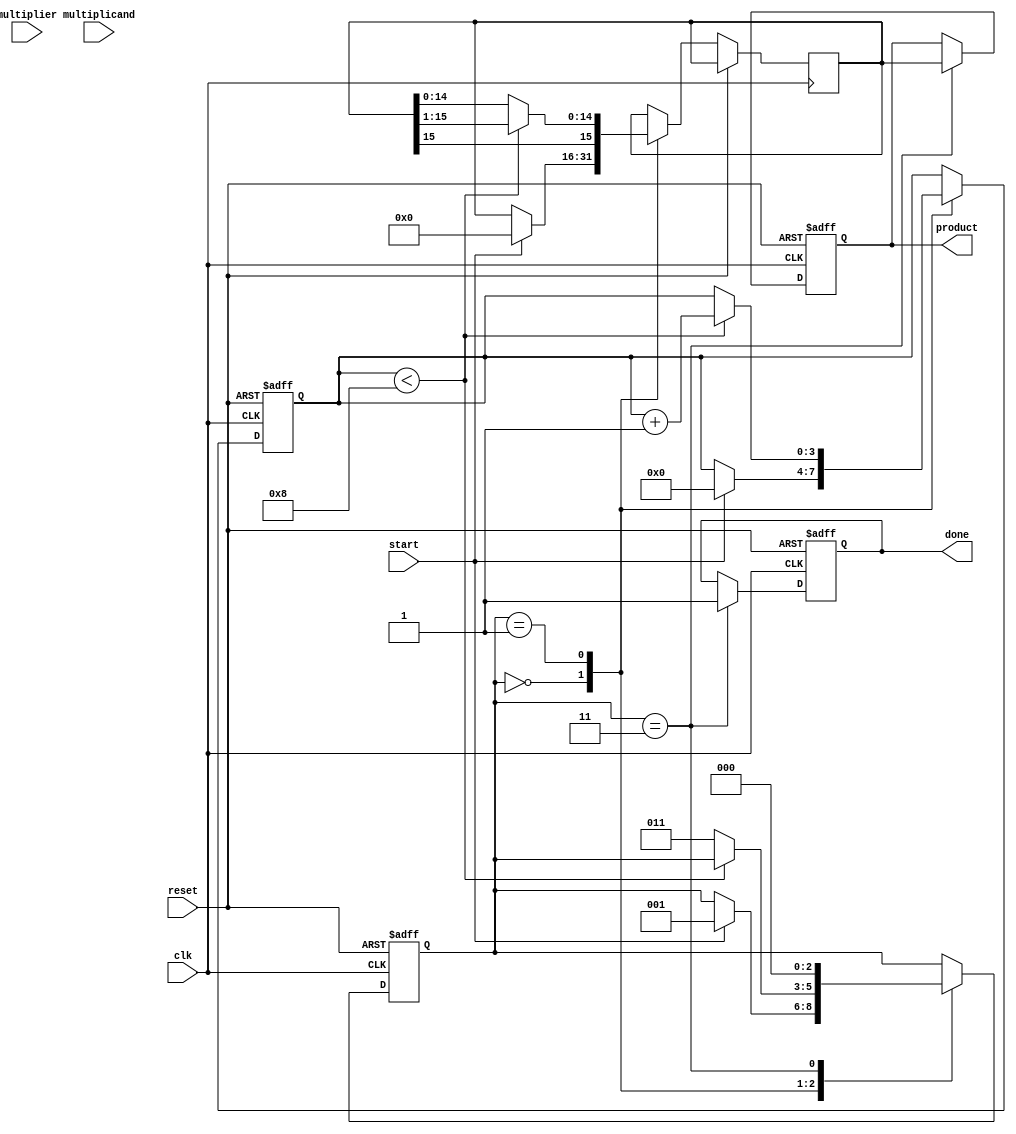
module modified_booth_multiplier #(parameter WIDTH = 8) (
    input wire signed [WIDTH-1:0] multiplicand,   // Input A
    input wire signed [WIDTH-1:0] multiplier,      // Input B
    input wire start,                               // Start signal
    input wire clk,                                 // Clock signal
    input wire reset,                               // Reset signal
    output reg signed [2*WIDTH-1:0] product,       // Output product
    output reg done                                 // Done signal
);

    reg [WIDTH-1:0] A;            // Multiplicand
    reg [WIDTH-1:0] B;            // Multiplier
    reg [2*WIDTH-1:0] P;          // Accumulator for the product
    reg [WIDTH:0] Q;              // Multiplier with an extra bit for Booth's algorithm
    reg [2:0] state;              // State for FSM
    reg [3:0] count;              // Count of iterations

    localparam IDLE          = 3'b000,
               SHIFT        = 3'b001,
               ADD_SUB      = 3'b010,
               DONE         = 3'b011;

    always @(posedge clk or posedge reset) begin
        if (reset) begin
            state <= IDLE;
            product <= 0;
            done <= 0;
            count <= 0;
        end else begin
            case (state)
                IDLE: begin
                    if (start) begin
                        A <= multiplicand;
                        B <= multiplier;
                        P <= 0;
                        Q <= {1'b0, B}; // Extend multiplier
                        count <= 0;
                        state <= SHIFT;
                    end
                end
                
                SHIFT: begin
                    if (count < WIDTH) begin
                        case (Q[1:0]) // Booth's encoding
                            2'b00: begin
                                // No action
                                P <= P; 
                            end
                            2'b01: begin
                                // P = P + A
                                P <= P + A; 
                            end
                            2'b10: begin
                                // P = P - A
                                P <= P - A; 
                            end
                            2'b11: begin
                                // No action
                                P <= P; 
                            end
                        endcase
                        // Right shift
                        P <= {P[2*WIDTH-1], P[2*WIDTH-1:1]};
                        Q <= {Q[WIDTH-1:0], 1'b0}; // Shift Q right
                        count <= count + 1;
                    end else begin
                        state <= DONE;
                    end
                end
                
                DONE: begin
                    product <= P; // Store final product
                    done <= 1;    // Indicate completion
                    state <= IDLE; // Go back to idle for next operation
                end
            endcase
        end
    end
endmodule